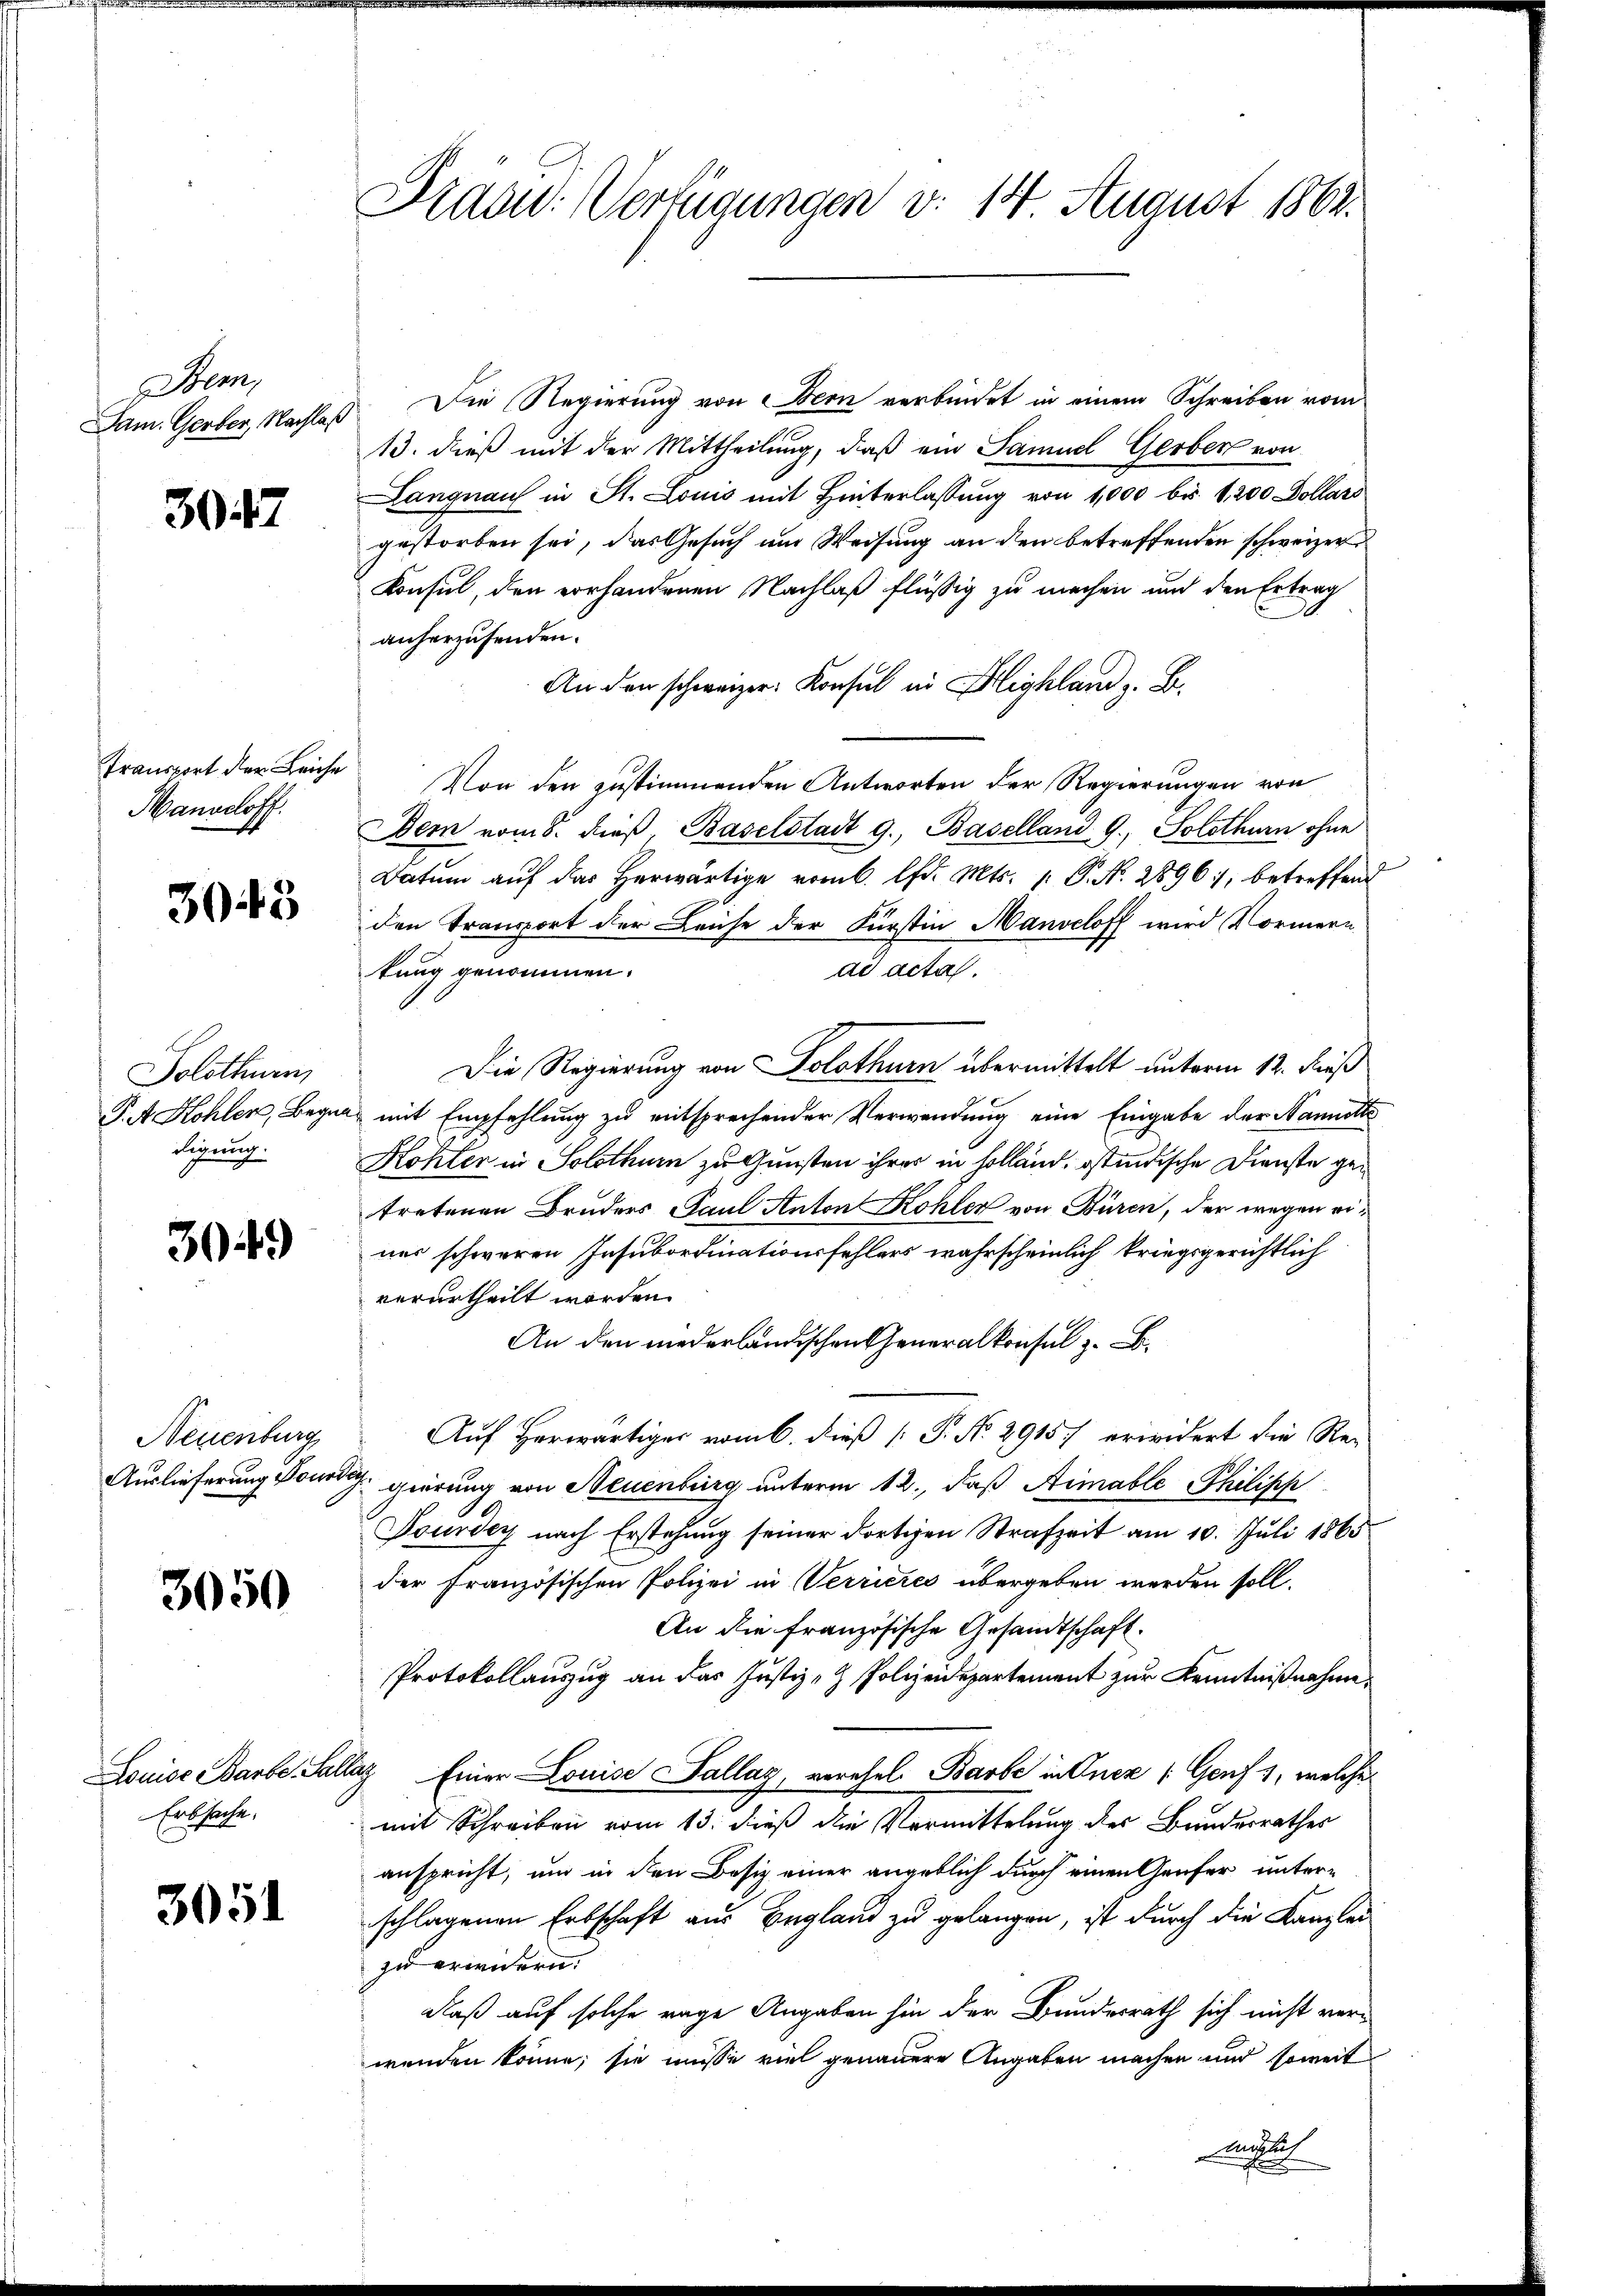
Stem
Dam. Gerber, Nachlaß

3947

Transport der Leiche
Manoeloff.

3043

A
Solothurn,
P. A. Kohler, Begn
iligung.

3049)

Neuenburg
Auslieferung Touri

3050

Louise Barbe. Salz
Erbsache.

3051

Pradu: Verfügungen v. 14 August 1862.

Die Regierung von ein verbindet in einem Schreiben vom
13. dieß mit der Mittheilung, daß ein Samuel Gerber von
Langnau in St. Louis mit Hinterlassŭng von 1,000 bis 1,200 Dollars
gestorben sei, das Gesuch am Weisung an den betreffenden schweizer
Konsul, den vorhandenen Nachlaß flüssig zu machen und den Ertrag
anherzusenden.
An den schweizer. Konsul in Blighland z. B.
Von den zustimmenden Antworten der Regierungen von
Dem vom 8. dieβ, Baselstadt g., Baselland 9, Solothurn ohne
Datum auf das herwärtige vom 6. d. Mts. 1. P. N. 2896, betreffend
den Transport der Leiche der Fürstin Manoeloff wird Normern
ad acta.
tung genommen.
Die Regierung von Solothurn übermittelt unterm 12. Fuß
mit Empfehlung zu entsprechender Verwendung eine Eingabe der Nanette
Kohler in Solothur zu Gunsten ihrer in Holland, ostindische Dienste getretenen Bruders Paul Anton Kohler von Büren, der wegen einer schweren Insubordinationsfehlers wahrscheinlich kriegsgerichtlich
verurtheilt worden.
An den niederländischen Generalkonsul z. B.
Auf Herwärtiger vom 6. dieß [ P. N. 2915. erwidert die Re-
7 gierung von Neuenburg unterm 12., daß Aimable Philipp
Tourde nach Erstehung seiner dortigen Strafzeit am 10. Juli 1865
der Französischen Polizei in Verrieres übergeben werden soll.
An die französische Gesandtschaft.
Protokollauszug an das Justiz- & Polizeidepartement zur Kenntnißnahme
Tag Einer Louise Sallag, verehel. Barbe in Onez /: Genf 1, welche
mit Schreiben vom 13. dieß die Vermittelung des Bundesrathes
anspricht, und in den Besiz einer angeblich durch einen Genfer unterschlagenen Erbschaft aus Begland zu gelangen, ist durch die Kanzlei
zu erwendern.
daß auf solche rage Angaben hin der Bundesrath sich nicht verwenden könne; sie müsse viel genauere Angaben machen und soweit
muthlich